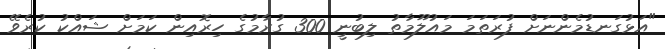
"އަޅުގަނޑުމެންނަށް ފުރަތަމަ މައުލޫމާތު ލިބުނީ 300 ގުރާމުގެ ހިރޮއިން ކަމަށް ޝައްކު ކުރެވޭ